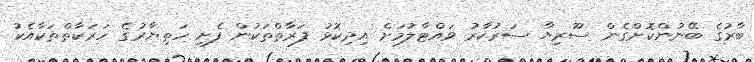
ބާރުގެ ބޭނުންކޮށްގެން ސޫރިޔާ ސަރުކާރު ވައްޓާލުމަށް އިދިކޮޅު ފަރާތްތަކުން ފެށި ހަތިޔާރުގެ ހަރަކާތްތަކާއެކު